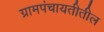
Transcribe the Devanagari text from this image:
ग्रामपंचायतीतील